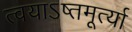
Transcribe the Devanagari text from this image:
त्वयाऽष्तमूर्त्या